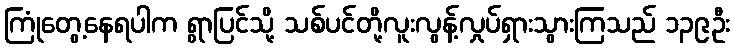
ကြုံတွေ့နေရပါက ရွာပြင်သို့ သစ်ပင်တို့လူးလွန့်လှုပ်ရှားသွားကြသည် ၁၃၉ဦး